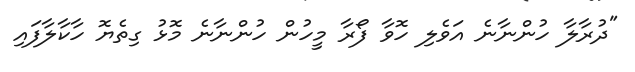
"ދުރާލާ ހުންނާނެ އަވެލި ހޮވާ ފޯރާ މީހުން ހުންނާނެ މޮޅު ގިތެޔޮ ހާކާލާފައި